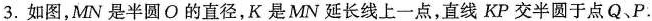
3.如图，MN是半圆O的直径，K是MN延长线上一点，直线KP交半圆于点Q 、P.